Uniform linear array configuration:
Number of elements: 48
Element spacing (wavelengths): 0.75
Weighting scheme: blackman
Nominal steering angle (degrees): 15
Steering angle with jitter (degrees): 16.869
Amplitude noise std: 0.05
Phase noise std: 0.05

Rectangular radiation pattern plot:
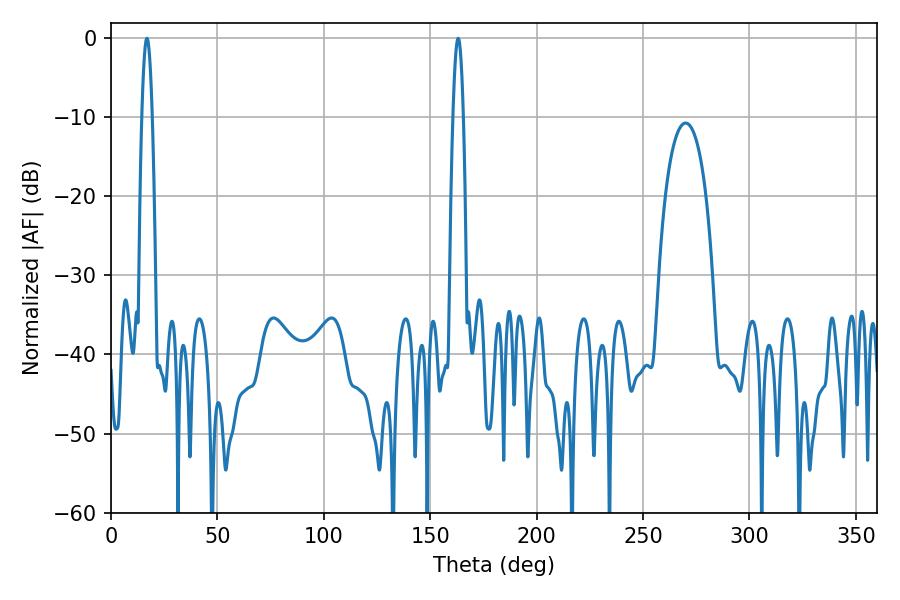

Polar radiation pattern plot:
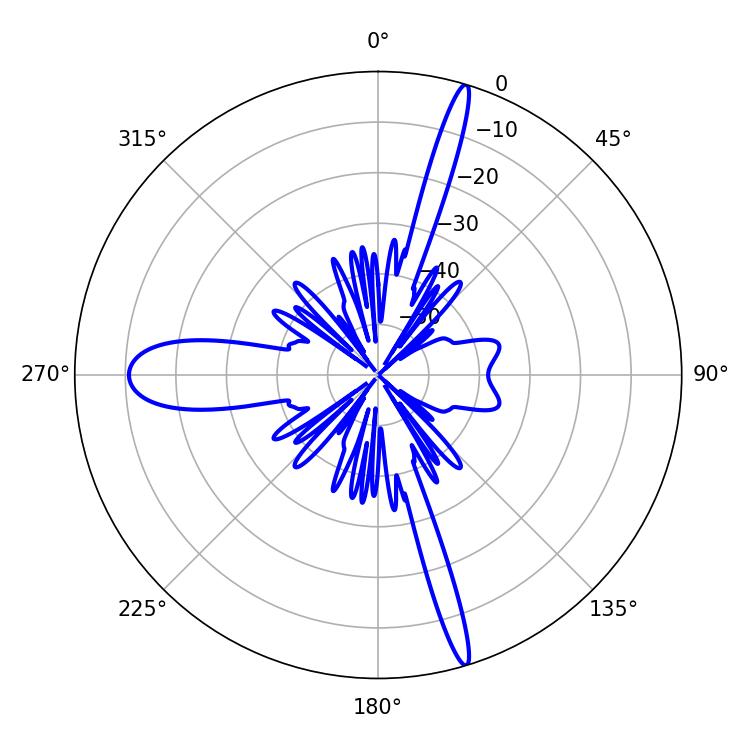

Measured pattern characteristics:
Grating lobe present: TRUE
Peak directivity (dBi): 22.15
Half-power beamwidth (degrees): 2.52
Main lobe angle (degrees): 163.08